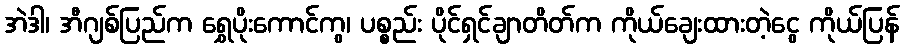
အဲဒါ၊ အီဂျစ်ပြည်က ရွှေပိုးကောင်ကွ၊ ပစ္စည်း ပိုင်ရှင်ချာတိတ်က ကိုယ်ချေးထားတဲ့ငွေ ကိုယ်ပြန်